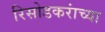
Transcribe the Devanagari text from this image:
रिसोडकरांच्या